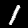
Label: 1